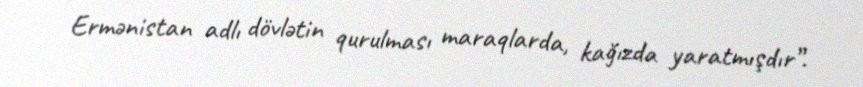
Ermənistan adlı dövlətin qurulması maraqlarda, kağızda yaratmışdır”.